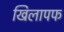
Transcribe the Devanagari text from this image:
खिलापफ